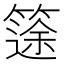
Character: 𥱻